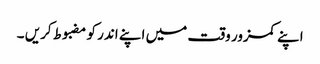
اپنے کمزور وقت میں اپنے اندر کو مضبوط کریں ۔